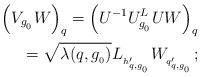
LaTeX: \begin{align*}\Big( V_{g_{{}_0}} W \Big)_{q} = \Big( U^{-1} U^{L}_{g_{{}_0}} U W \Big)_{q} \\= \sqrt{\lambda(q, g_{{}_0})} L_{{}_{h'_{{}_{q,g_{{}_0}}}}} W_{{}_{q'_{{}_{q,g_{{}_0}}}}};\end{align*}